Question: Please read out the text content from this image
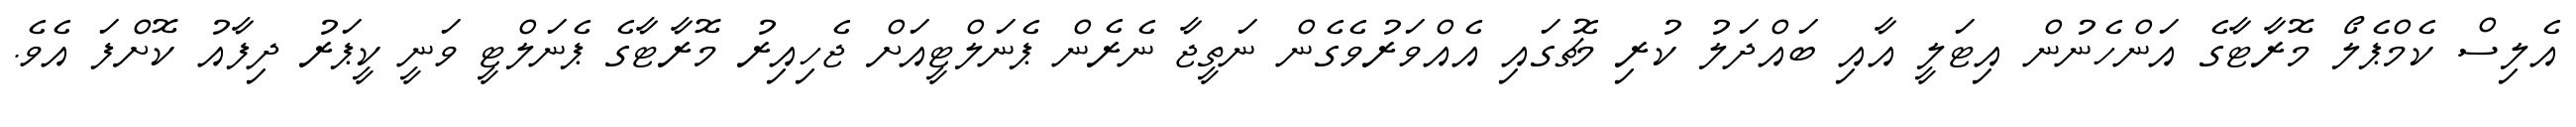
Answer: އެލިސް ކެމްޕެލޯ މޮރާޓާގެ އަންހެނުން އިޓަލީ އާއި ބައްދަލު ކުރި މެޗުގައި އެއްވަރުވެގެން ނަތީޖާ ނެރެން ޕެނަލްޓީއަށް ޖެހިއިރު މޮރާޓާގެ ޕެނަލްޓީ ވަނީ ކީޕަރު ދިފާއު ކޮށްފަ އެވެ.